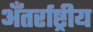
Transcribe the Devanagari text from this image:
अँतर्राष्ट्रीय